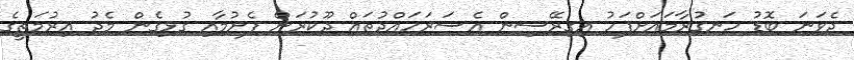
ދެވަނަ ބޮޑު ހަނގުރާމައަަށްފަހު އިގިރޭސިން އެސަރަހައްދުތައް ދޫކުރަން ފެށުމާއި ގުޅިގެން މެދު އިރުމަތީގެ